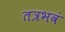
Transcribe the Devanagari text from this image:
तत्रभवं